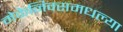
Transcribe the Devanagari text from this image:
मेकेनिक्समधल्या